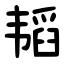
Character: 韬